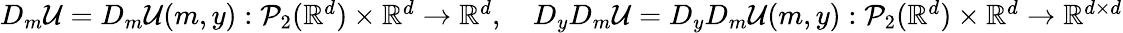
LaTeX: \begin{array}{r}{D_{m}\mathcal{U}=D_{m}\mathcal{U}(m,y):\mathcal{P}_{2}({\mathbb R}^{d})\times{\mathbb R}^{d}\to{\mathbb R}^{d},\quad D_{y}D_{m}\mathcal{U}=D_{y}D_{m}\mathcal{U}(m,y):\mathcal{P}_{2}({\mathbb R}^{d})\times{\mathbb R}^{d}\to{\mathbb R}^{d\times d}}\end{array}